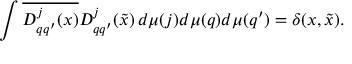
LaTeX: \int \overline { { { D _ { q q ^ { \prime } } ^ { j } ( x ) } } } D _ { q q ^ { \prime } } ^ { j } ( \tilde { x } ) \, d \mu ( j ) d \mu ( q ) d \mu ( q ^ { \prime } ) = \delta ( x , \tilde { x } ) .